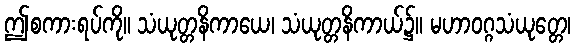
ဤစကားရပ်ကို။ သံယုတ္တနိကာယေ၊ သံယုတ္တနိကာယ်၌။ မဟာဝဂ္ဂသံယုတ္တေ၊